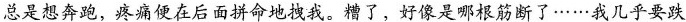
总是想奔跑，疼痛便在后面拼命地拽我。糟了，好像是哪根筋断了……我几乎要跌